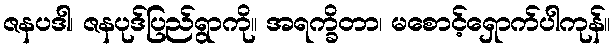
ဇနပဒါ၊ ဇနပုဒ်ပြည်ရွာကို။ အရက္ခိတာ၊ မစောင့်ရှောက်ပါကုန်။